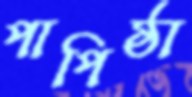
পাপিষ্ঠা